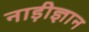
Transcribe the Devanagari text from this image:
नाड़ीज्ञान